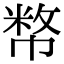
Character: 𢄞